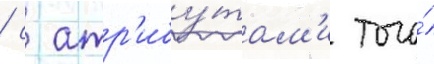
/ с атр'ибу́там'и того́